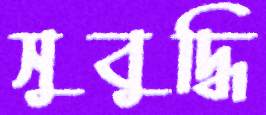
সুবুদ্ধি